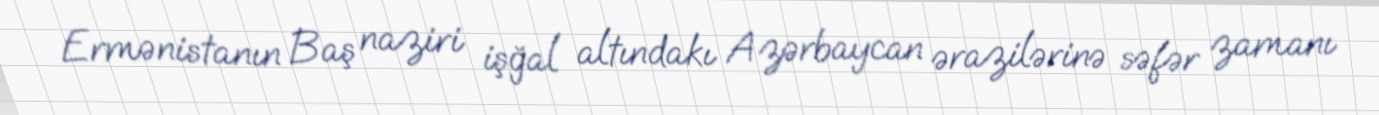
Ermənistanın Baş naziri işğal altındakı Azərbaycan ərazilərinə səfər zamanı